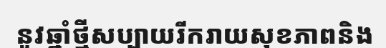
នូវឆ្នាំថ្មីសប្បាយរីករាយសុខភាពនិង